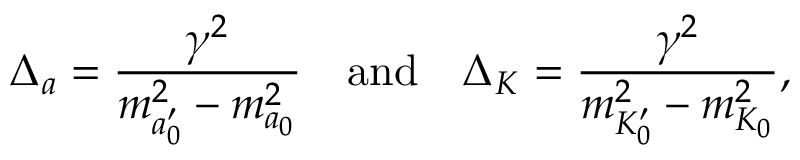
{ \Delta } _ { a } = \frac { \gamma ^ { 2 } } { m _ { a _ { 0 } ^ { \prime } } ^ { 2 } - m _ { a _ { 0 } } ^ { 2 } } \quad \mathrm { { a n d } } \quad { \Delta } _ { K } = \frac { \gamma ^ { 2 } } { m _ { K _ { 0 } ^ { \prime } } ^ { 2 } - m _ { K _ { 0 } } ^ { 2 } } ,